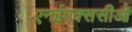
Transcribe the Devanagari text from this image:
एनईएक्ससीओ